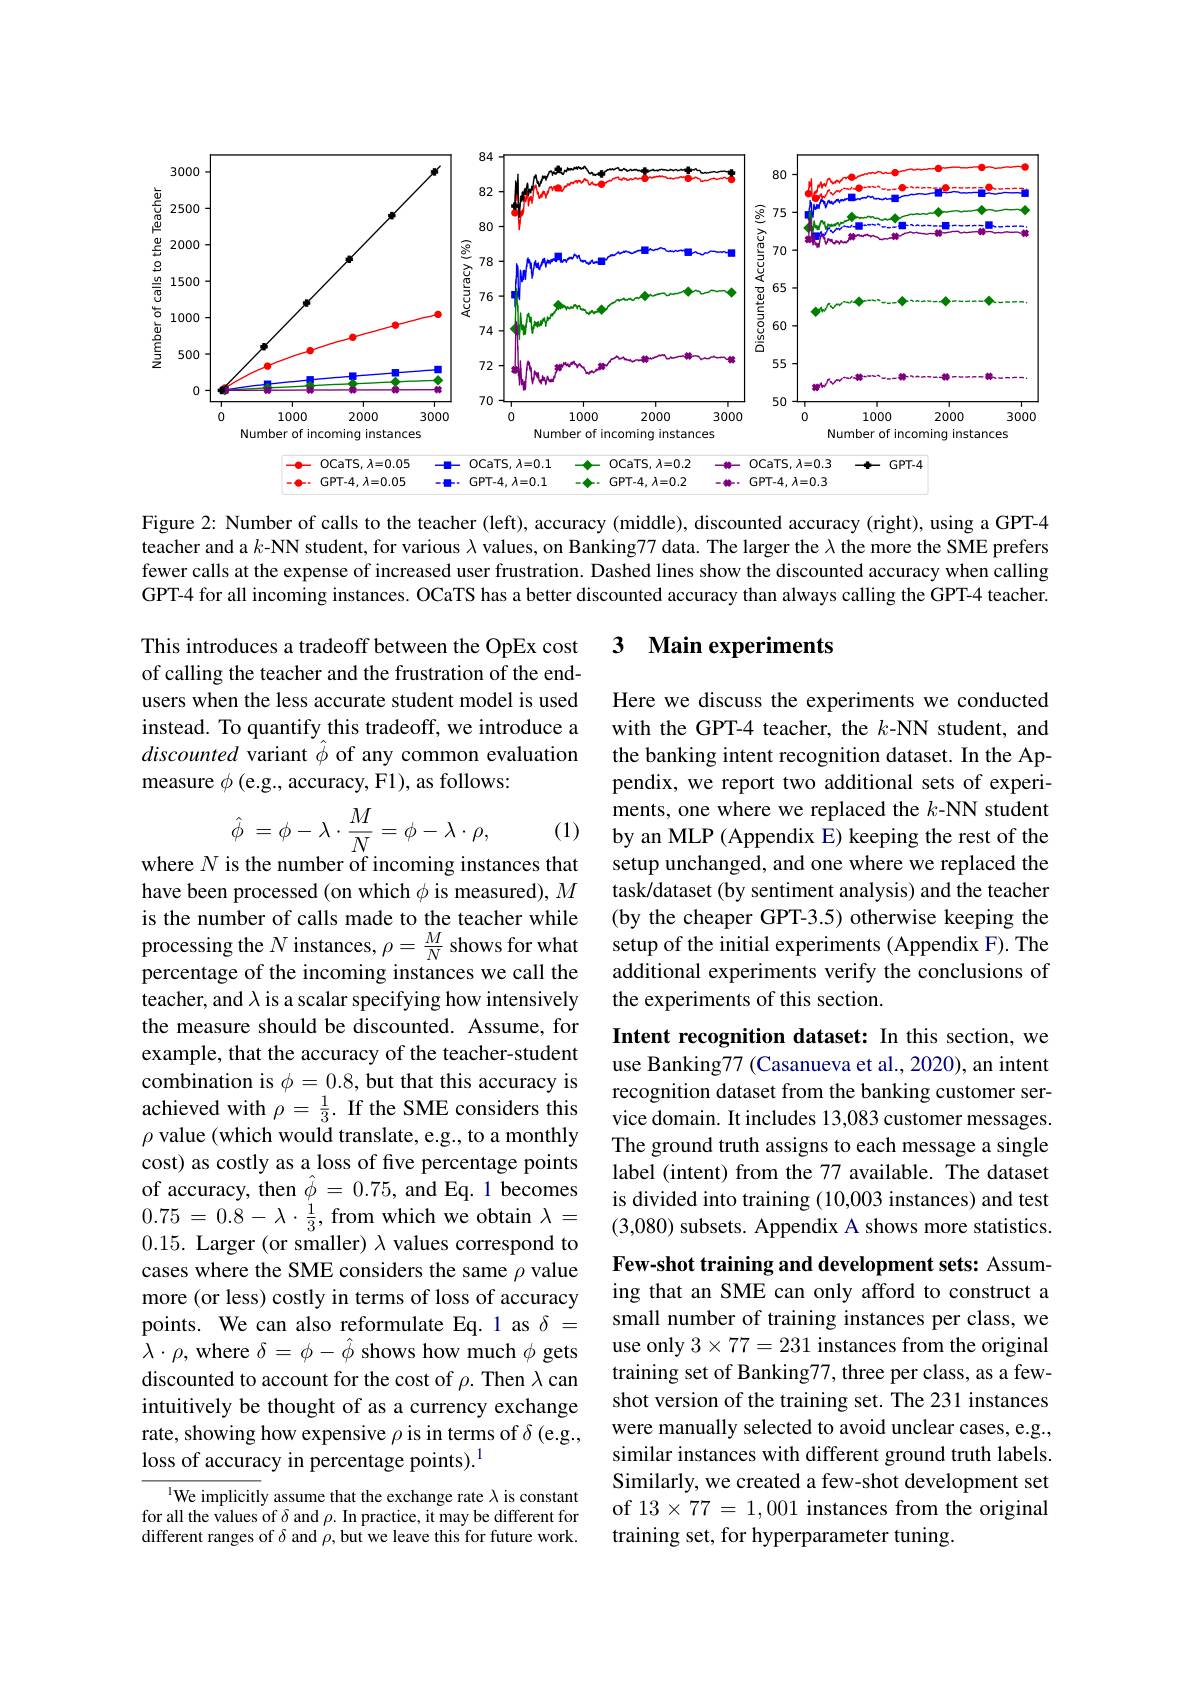
<FigureHere>

Figure 2: Number of calls to the teacher (left), accuracy (middle), discounted accuracy (right), using a GPT-4 teacher and a $k$-NN student, for various $\lambda$ values, on Banking77 data. The larger the $\lambda$ the more the SME prefers fewer calls at the expense of increased user frustration. Dashed lines show the discounted accuracy when calling GPT-4 for all incoming instances. OCaTS has a better discounted accuracy than always calling the GPT-4 teacher.

## 3 $\textbf{Main experiments}$

This introduces a tradeoff between the OpEx cost of calling the teacher and the frustration of the endusers when the less accurate student model is used instead. To quantify this tradeoff, we introduce a discounted variant $\hat{\phi}$ of any common evaluation measure $\phi$ (e.g., accuracy, F1), as follows:
$$\hat{\phi}\:=\phi-\lambda\cdot\frac{M}{N}=\phi-\lambda\cdot\rho,$$
where $N$ is the number of incoming instances that

(1)

Here we discuss the experiments we conducted with the GPT-4 teacher, the $k$-NN student, and the banking intent recognition dataset. In the Appendix, we report two additional sets of experiments, one where we replaced the $k$-NN student by an MLP (Appendix E) keeping the rest of the setup unchanged, and one where we replaced the task/dataset (by sentiment analysis) and the teacher (by the cheaper GPT-3.5) otherwise keeping the setup of the initial experiments (Appendix F). The additional experiments verify the conclusions of the experiments of this section.

Intent recognition dataset: In this section, we use Banking77 (Casanueva et al., 2020), an intent recognition dataset from the banking customer service domain. It includes 13,083 customer messages. The ground truth assigns to each message a single label (intent) from the 77 available. The dataset is divided into training (10,003 instances) and test (3,080) subsets. Appendix A shows more statistics. Few-shot training and development sets: Assuming that an SME can only afford to construct a small number of training instances per class, we use only $3\times77=231$ instances from the original training set of Banking77, three per class, as a fewshot version of the training set. The 231 instances were manually selected to avoid unclear cases, e.g., similar instances with different ground truth labels. Similarly, we created a few-shot development set of $13\times77=1,001$ instances from the original training set, for hyperparameter tuning.

have been processed (on which $\phi$ is measured), $M$ is the number of calls made to the teacher while processing the $N$ instances, $\rho=\frac MN$ shows for what percentage of the incoming instances we call the teacher, and $\lambda$ is a scalar specifying how intensively the measure should be discounted. Assume, for example, that the accuracy of the teacher-student combination is $\phi=0.8$, but that this accuracy is achieved with $\rho=\frac{1}{3}.$ If the SME considers this $\rho$ value (which would translate, e.g., to a monthly cost) as costly as a loss of five percentage points of accuracy, then $\hat{\phi}=0.75$, and Eq.1 becomes $0.75=0.8-\lambda\cdot\frac{1}{3}$, from which we obtain $\lambda=$ 0.15. Larger (or smaller) $\lambda$ values correspond to cases where the SME considers the same $\rho$ value more (or less) costly in terms of loss of accuracy points. We can also reformulate Eq.1 as $\delta=$ $\bar{\lambda}\cdot\rho$, where $\delta=\phi-\hat{\phi}$ shows how much $\phi$ gets discounted to account for the cost of $\rho.$ Then $\lambda$ can intuitively be thought of as a currency exchange rate, showing how expensive $\rho$ is in terms of $\delta$ (e.g., loss of accuracy in percentage points).$^1$
lWe implicitly assume that the exchange rate $\lambda$ is constant

for all the values of $\delta$ and $\rho.$ In practice, it may be different for different ranges of $\delta$ and $\rho$,but we leave this for future work.